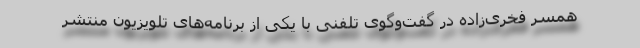
همسر فخری‌زاده در گفت‌و‌گوی تلفنی با یکی از برنامه‌های تلویزیون منتشر